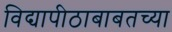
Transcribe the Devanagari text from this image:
विद्यापीठाबाबतच्या